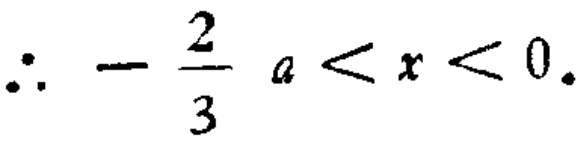
\(\therefore -\frac{2}{3}a < x < 0.\)